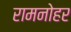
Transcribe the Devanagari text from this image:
रामनोहर